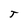
Character: T